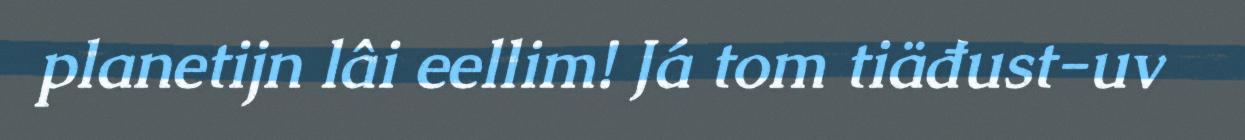
planetijn lâi eellim! Já tom tiäđust-uv